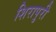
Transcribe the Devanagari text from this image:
शिरापुरी